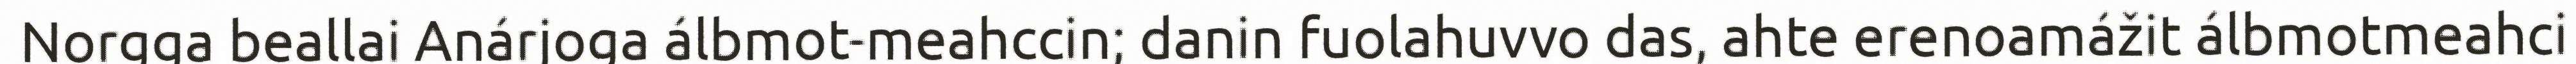
Norgga beallai Anárjoga álbmot-meahccin; danin fuolahuvvo das, ahte erenoamážit álbmotmeahci